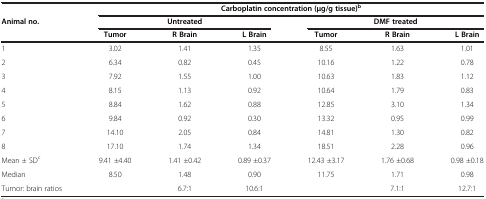
<table><thead><tr><td><b> </b></td><td colspan="6"><b>Carboplatin concentration (μg/g tissue)<sup>b</sup></b></td></tr><tr><td><b>Animal no.</b></td><td colspan="3"><b>Untreated</b></td><td colspan="3"><b>DMF treated</b></td></tr><tr><td><b> </b></td><td><b>Tumor</b></td><td><b>R Brain</b></td><td><b>L Brain</b></td><td><b>Tumor</b></td><td><b>R Brain</b></td><td><b>L Brain</b></td></tr></thead><tbody><tr><td>1</td><td>3.02</td><td>1.41</td><td>1.35</td><td>8.55</td><td>1.63</td><td>1.01</td></tr><tr><td>2</td><td>6.34</td><td>0.82</td><td>0.45</td><td>10.16</td><td>1.22</td><td>0.78</td></tr><tr><td>3</td><td>7.92</td><td>1.55</td><td>1.00</td><td>10.63</td><td>1.83</td><td>1.12</td></tr><tr><td>4</td><td>8.15</td><td>1.13</td><td>0.92</td><td>10.64</td><td>1.79</td><td>0.83</td></tr><tr><td>5</td><td>8.84</td><td>1.62</td><td>0.88</td><td>12.85</td><td>3.10</td><td>1.34</td></tr><tr><td>6</td><td>9.84</td><td>0.92</td><td>0.30</td><td>13.32</td><td>0.95</td><td>0.99</td></tr><tr><td>7</td><td>14.10</td><td>2.05</td><td>0.84</td><td>14.81</td><td>1.30</td><td>0.82</td></tr><tr><td>8</td><td>17.10</td><td>1.74</td><td>1.34</td><td>18.51</td><td>2.28</td><td>0.96</td></tr><tr><td>Mean ± SD<sup>c</sup></td><td>9.41 ±4.40</td><td>1.41 ±0.42</td><td>0.89 ±0.37</td><td>12.43 ±3.17</td><td>1.76 ±0.68</td><td>0.98 ±0.18</td></tr><tr><td>Median</td><td>8.50</td><td>1.48</td><td>0.90</td><td>11.75</td><td>1.71</td><td>0.98</td></tr><tr><td>Tumor: brain ratios</td><td> </td><td>6.7:1</td><td>10.6:1</td><td> </td><td>7.1:1</td><td>12.7:1</td></tr></tbody></table>